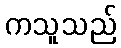
ကသူသည်